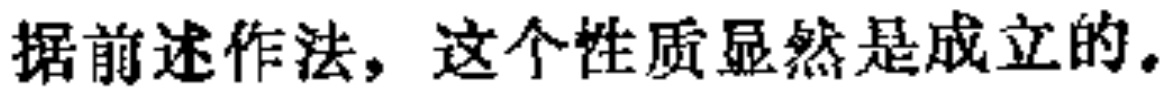
据前述作法，这个性质显然是成立的。